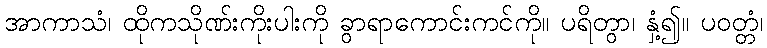
အာကာသံ၊ ထိုကသိုဏ်းကိုးပါးကို ခွာရာကောင်းကင်ကို။ ပရိတွာ၊ နှံ့၍။ ပဝတ္တံ၊